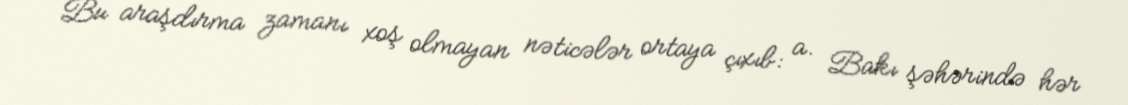
Bu araşdırma zamanı xoş olmayan nəticələr ortaya çıxıb: a. Bakı şəhərində hər